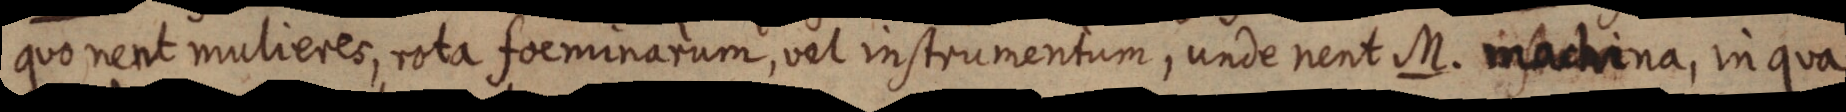
quo nent mulieres, rota foeminarum, vel instrumentum, unde nent M. machina, in qua